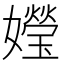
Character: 𪦯